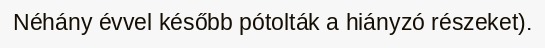
Néhány évvel később pótolták a hiányzó részeket).